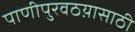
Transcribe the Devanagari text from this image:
पाणीपुरवठय़ासाठी